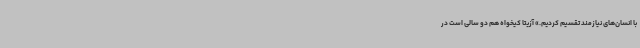
با انسان‌های نیازمند تقسیم کردیم.» آزیتا کیخواه هم دو سالی است در